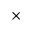
\times